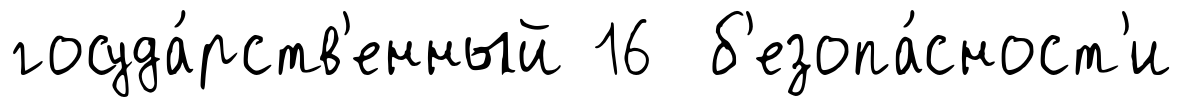
госуда́рств'енный 16 б'езопа́сност'и